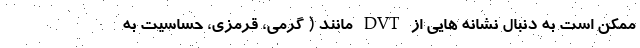
ممکن است به دنبال نشانه هایی از DVT مانند ( گرمی، قرمزی، حساسیت به